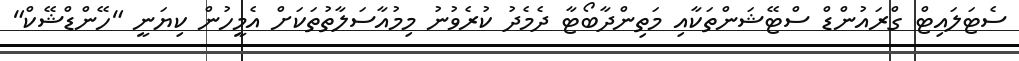
ސެޓަލައިޓް ގްރައުންޑް ސްޓޭޝަންތަކާއި މަތިންދާބޯޓާ ދެމެދު ކުރެވުނު މިމުއާސަލާތުތަކަށް އެމީހުން ކިޔަނީ "ހޭންޑްޝޭކް"